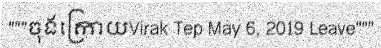
"""ចុងក្រោយVirak Tep May 6, 2019 Leave"""